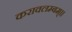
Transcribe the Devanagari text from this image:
करावलम्बम्।।